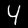
Label: 4